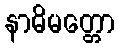
နာဓိမတ္တော